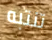
تنتبه